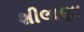
શીલાણા